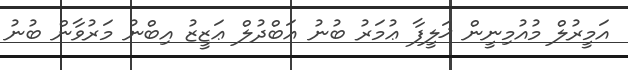
އަމީރުލް މުއުމިނީން ޚަލީފާ ޢުމަރު ބުނު ޢަބްދުލް ޢަޒީޒު އިބްނު މަރުވާން ބުނު